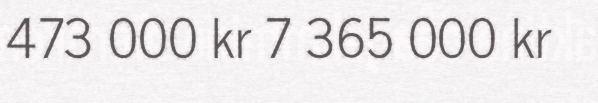
473 000 kr 7 365 000 kr